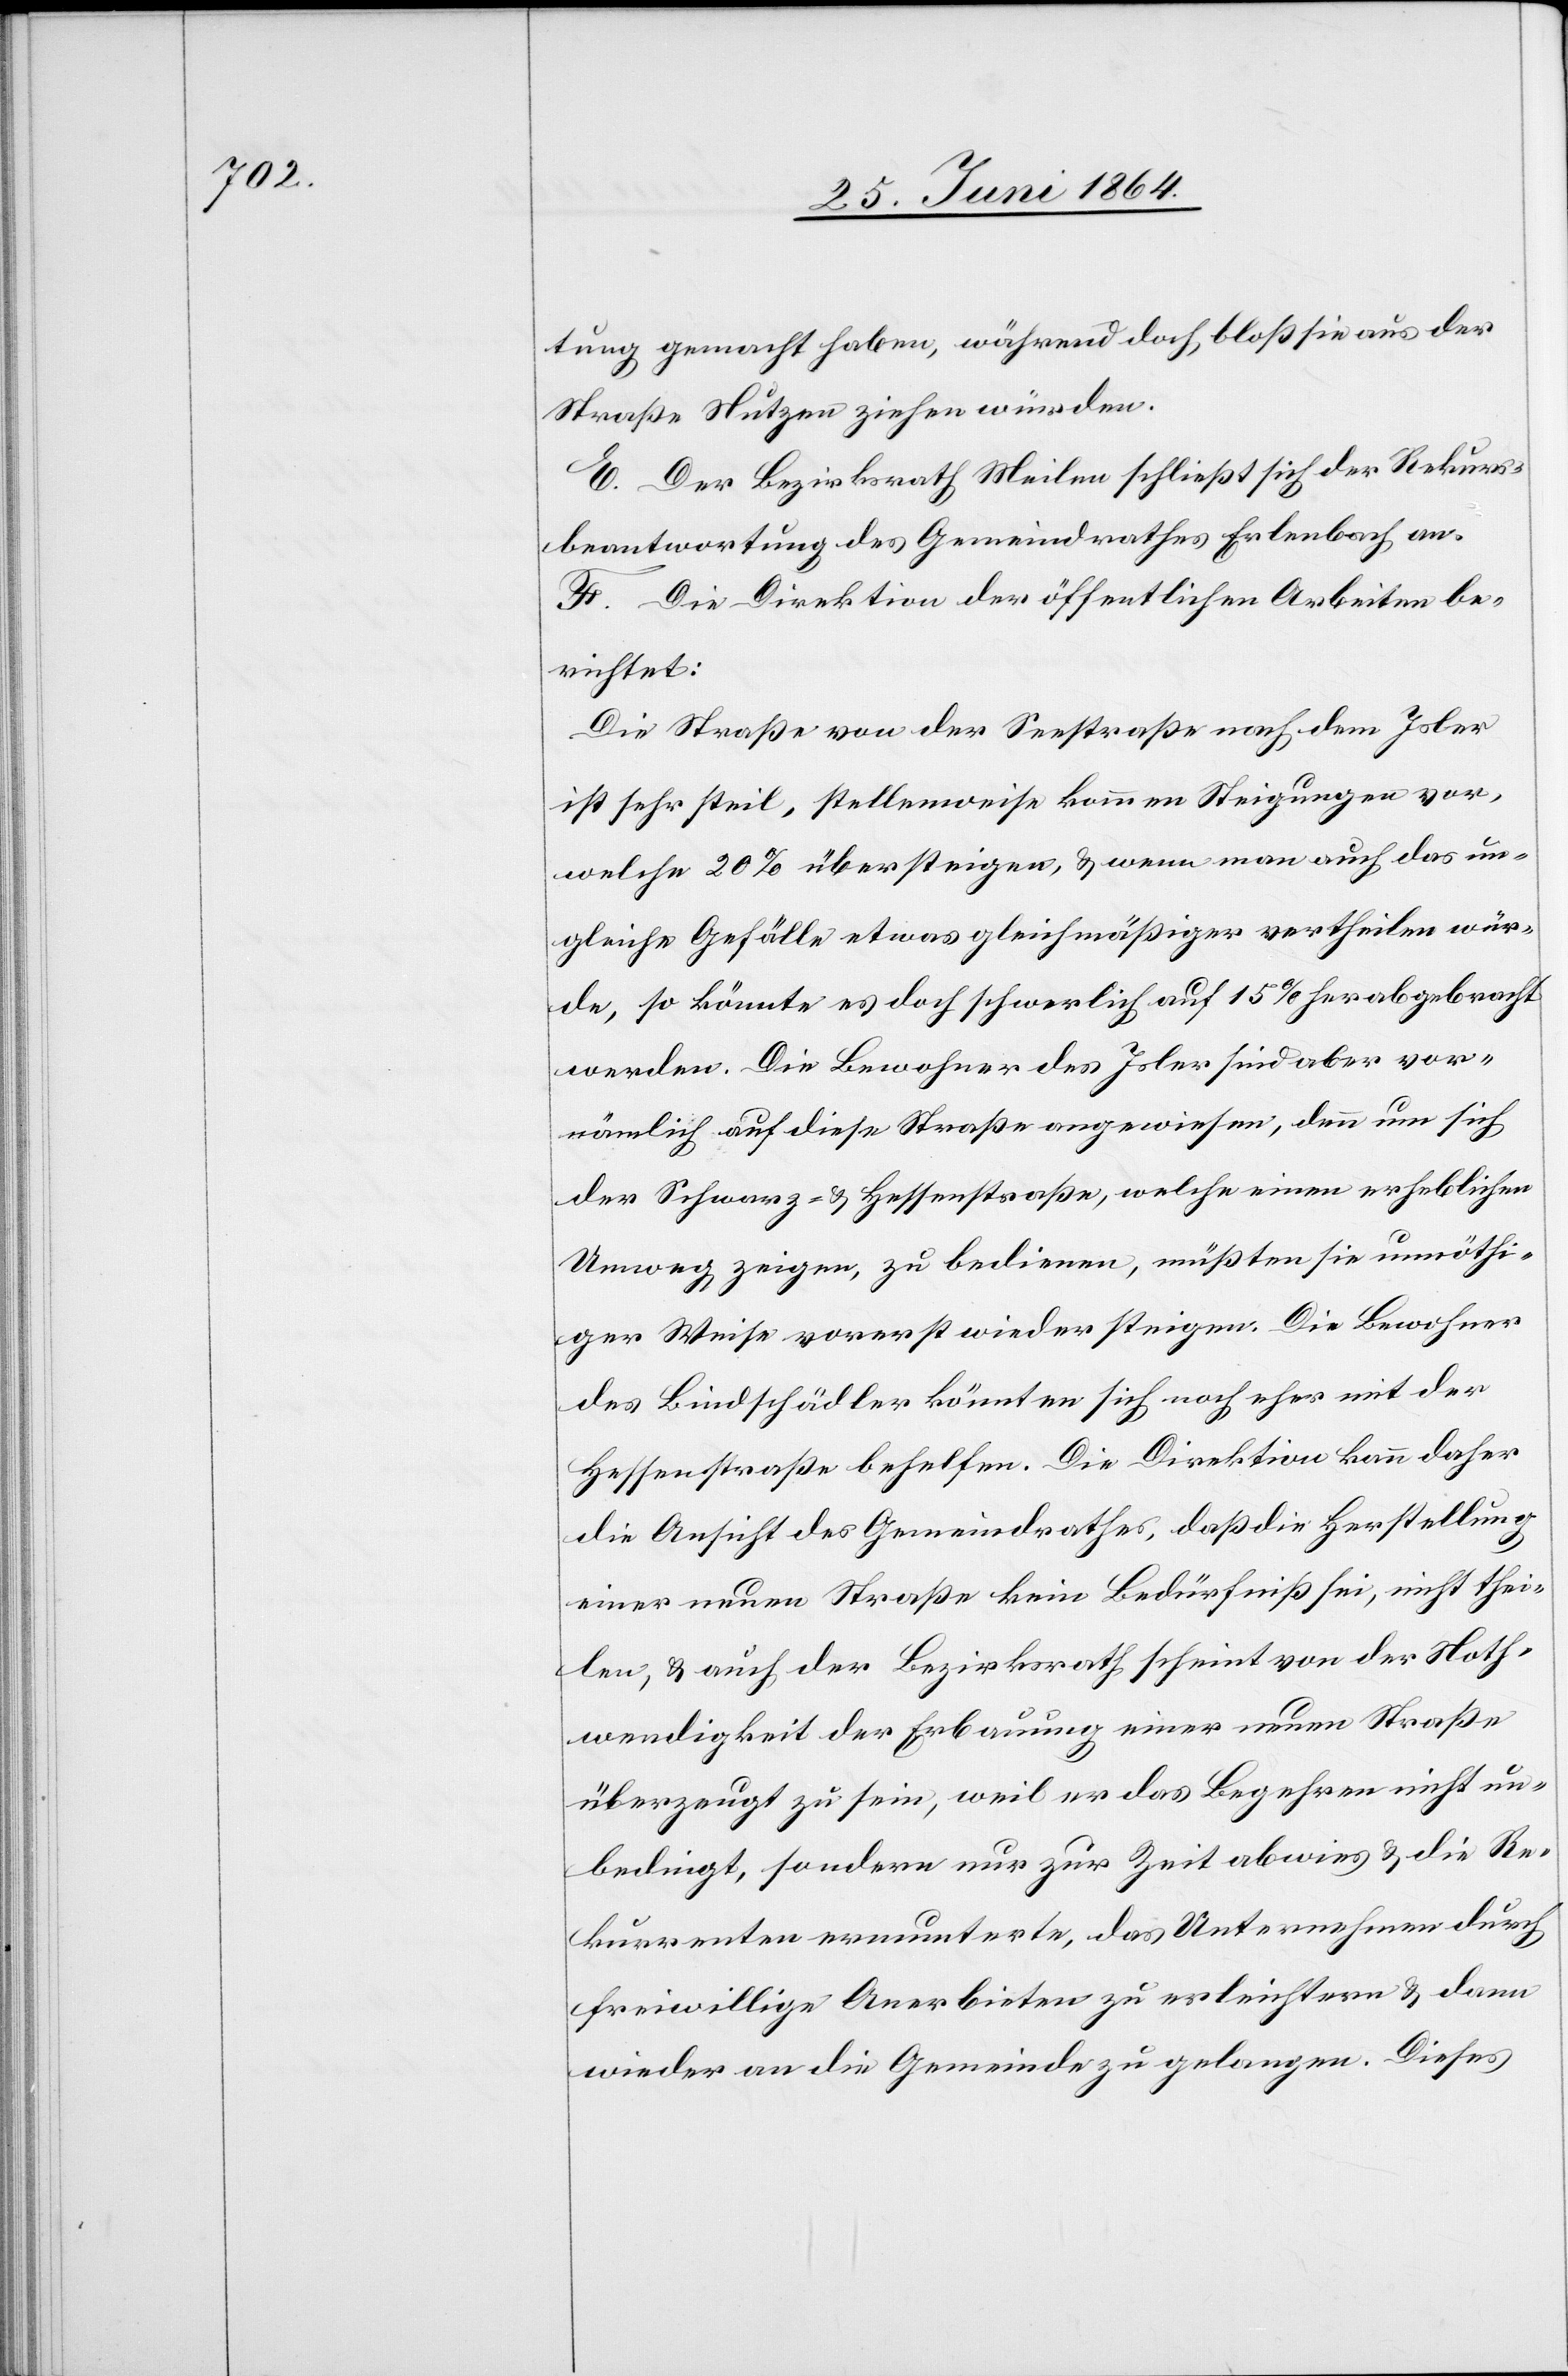
ämlich

tung gemacht haben, während doch bloß sie aus der
Straße Nutzen ziehen würden.
E. Der Bezirksrath Meilen schließt sich der Rekurs¬
beantwortung des Gemeindrathes Erlenbach an.
F. Die Direktion der öffentlichen Arbeiten be¬
richtet:
Die Straße von der Seestraße nach dem Isler
ist sehr steil, stellenweise kommen Steigungen vor,
welche 20% übersteigen, u. wenn man auch das un¬
gleiche Gefälle etwas gleichmäßiger vertheilen wür¬
de, so könnte es doch schwerlich auf 15% herabgebracht
werden. Die Bewohner des Isler sind aber vorn¬
[sic!] auf diese Straße angewiesen, denn um sich
der Schwarz- u. Hessenstraße, welche einen erheblichen
Umweg zeigen, zu bedienen, müßten sie unnöthi¬
ger Weise vorerst wieder steigen. Die Bewohner
des Bindschädler könnten sich noch eher mit der
Hessenstraße behelfen. Die Direktion kann daher
die Ansicht des Gemeindrathes, daß die Herstellung
einer neuen Straße kein Bedürfniß sei, nicht thei¬
len, u. auch der Bezirksrath scheint von der Noth¬
wendigkeit der Erbauung einer neuen Straße
überzeugt zu sein, weil er das Begehren nicht un¬
bedingt, sondern nur zur Zeit abwies u. die Re¬
kurrenten ermunterte, das Unternehmen durch
freiwillige Anerbieten zu erleichtern u. dann
wieder an die Gemeinde zu gelangen. Dieses